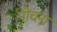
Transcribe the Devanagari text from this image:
नोचना